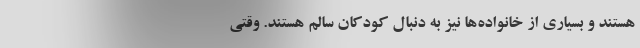
هستند و بسیاری از خانواده‌ها نیز به دنبال کودکان سالم هستند. وقتی